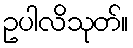
ဥပါလိသုတ်။